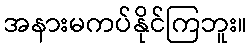
အနားမကပ်နိုင်ကြဘူး။